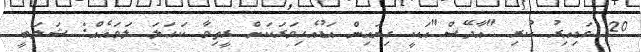
20 ގަޑިއިރު ކުރި "އާދޭސް"އަކީ ގިނައިން އަޑުއެހިވަރަކަށް ރީތިވާ ކަހަލަ ލަވައެއް: ޝަލަބީ